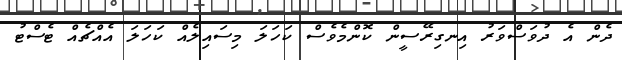
ދެން އެ ދުވަސްވަރު އިނގިރޭސީން ކޮންމެވެސް ކަހަލަ މިސައިލެއް ކަހަލަ އެއްޗެއް ޓެސްޓު